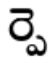
ర్పె